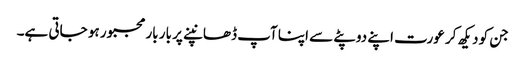
جن کو دیکھ کر عورت اپنے دوپٹے سے اپنا آپ ڈھانپنے پر بار بار مجبور ہو جاتی ہے۔